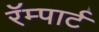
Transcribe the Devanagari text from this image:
रॅम्पार्ट